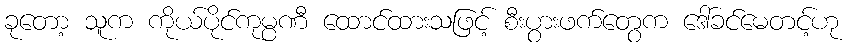
ခုတော့ သူက ကိုယ်ပိုင်ကုမ္ပဏီ ထောင်ထားသဖြင့် စီးပွားဖက်တွေက ဒေါ်ခင်မေတင့်ဟု